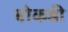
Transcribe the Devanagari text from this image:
बोकडी